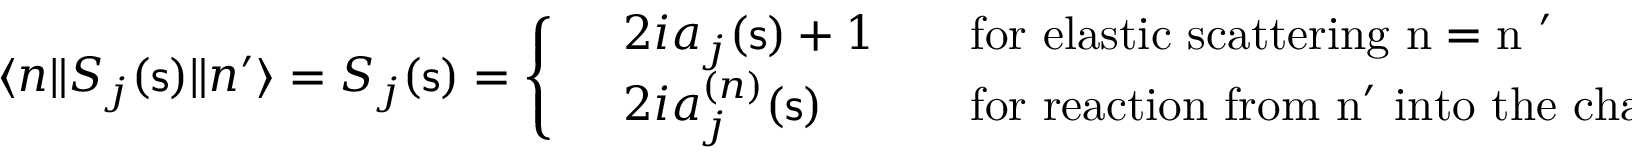
\langle n \| S _ { j } ( { \mathsf s } ) \| n ^ { \prime } \rangle = S _ { j } ( { \mathsf s } ) = \left\{ \begin{array} { l l l } { { } } & { { 2 i a _ { j } ( { \mathsf s } ) + 1 \quad } } & { { \mathrm { f o r ~ e l a s t i c ~ s c a t t e r i n g ~ n = n ~ ^ { \prime } ~ } } } \\ { { } } & { { 2 i a _ { j } ^ { ( n ) } ( { \mathsf s } ) \quad } } & { { \mathrm { f o r ~ r e a c t i o n ~ f r o m ~ n ^ { \prime } ~ i n t o ~ t h e ~ c h a n n e l ~ n ~ } \, , } } \end{array} \right.